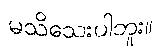
မသိသေးပါဘူး။